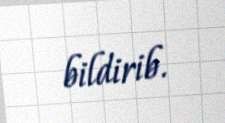
bildirib.